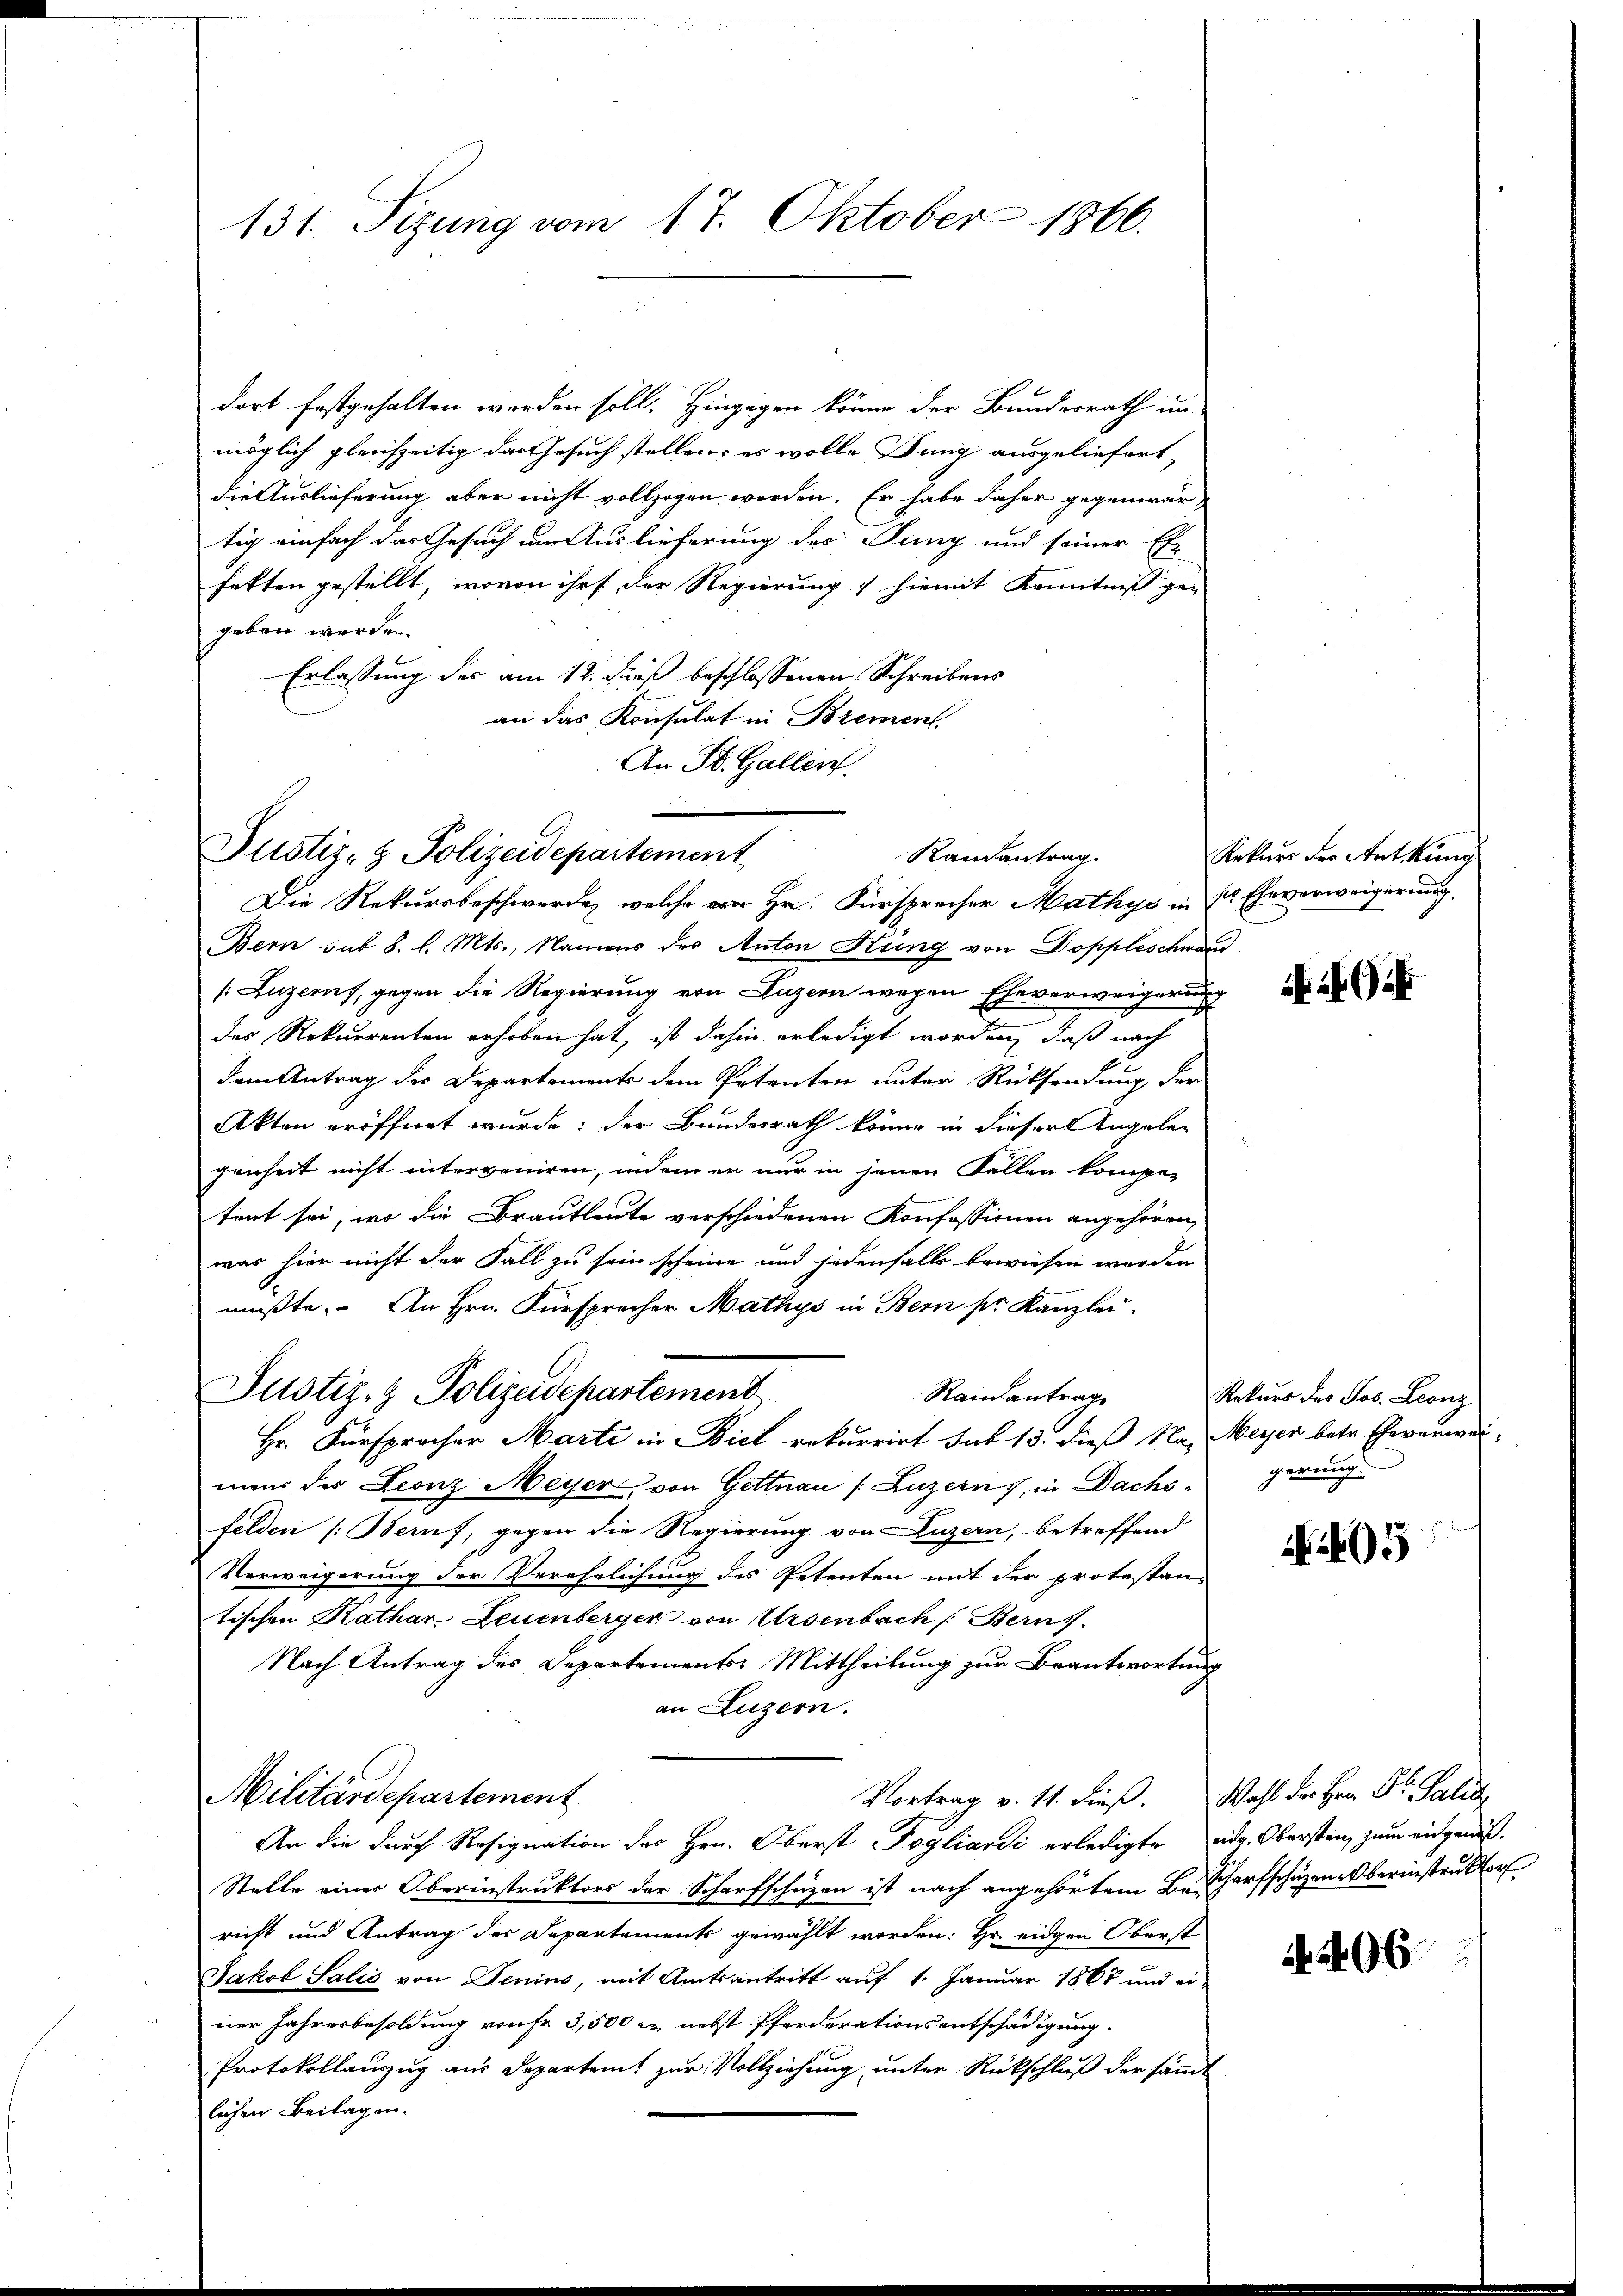
131. Sizung vom 17. Oktober 1866.

dort festgehalten werden soll. Hingegen könne der Bundesrath un
möglich gleichzeitig das Gesuch stellen, es wolle Ding ausgeliefert,
die Auslieferung aber nicht vollzogen werden. Er habe daher gegenwär-
tig einfach das Gesuch im Auslieferung des Jung und seiner Er-
fetten gestellt, wovon ihr der Regierung hiemit Kenntniß gen
geben werde.
Erlassung des am 12. dieß beschlossenen Schreibens
an das Konsulat in Brement
An St. Gallen.
Die Rekursbeschwerde, welche vor Hr. Fürsprecher Mathys in Eheverweigerung
Bern sub 8. l. Mts., Namens des Anton Kung von Doppleschwar
[Luzern, gegen die Regierung von Luzern wegen Eheverweigerung
des Rekurrenten erhoben hat, ist dahin erledigt worden, daß nach
dem Antrag des Departements dem Petenten unter Rücksendung der
Akten eröffnet wurde; der Bundesrath könne in dieser Angelegenheit nicht interveniren, indem er nur in jenen Fallen kompe-
tent sei, wo die Brautleute verschiedenen Konfessionen angehören,
was hier nicht der Fall zu sein scheine und jedenfalls bewiesen werden
mußte. An Hrn. Fürsprecher Mathys in Bern pr. Kanzlei.
Justiz- & Polizeidepartement
Randantrag
Hr. Fürsprecher Marti in Biel rekurrirt sub 13. dieß Na, Meyer betr. Eheverwei-
maus des Leonz Meyer, von Gettnau (Luzern, in Dachs-
felden (Bern, gegen die Regierung von Luzern, betreffend
Verweigerung der Verehelichung des Petenten mit der protestantischen Kathar Leuenberger von Ursenbach Berns
Nach Antrag des Departements Mittheilung zur Beantwortung
an Luzern.
Militärdepartement
Vortrag v. 11. dieß. Wahl der Hrn. Dr. Palid
An die durch Resignation des Hrn. Oberst Pogliardi erledigte eidg. Obersten, zum eidgenöß¬
Stelle einer Oberinstruktors der Scharfschüzen ist nach angehörtem Bescharfschüzen-Oberinstruktor
richt und Antrag des Departements gewählt worden: Hr. eidgen Oberst
Jakob Salis von Jenins, mit Amtsantritt auf 1. Januar 1867 und ei-
ner Jahresbesoldung von fr. 3,500 r. nebst Pferderationsentschädigung.
Protokollauszug aus Departamt zur Vollziehung, unter Rückschluß der sandt
lichen Beilagen.

Justiz- & Polizeidepartement

Randantrag.

Rekurs der Ankung

G.

Rekurs des Jos. Leonz
gerung.

405

96